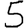
Digit: 5